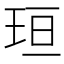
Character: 𪻘